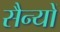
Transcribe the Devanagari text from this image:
सैन्यों